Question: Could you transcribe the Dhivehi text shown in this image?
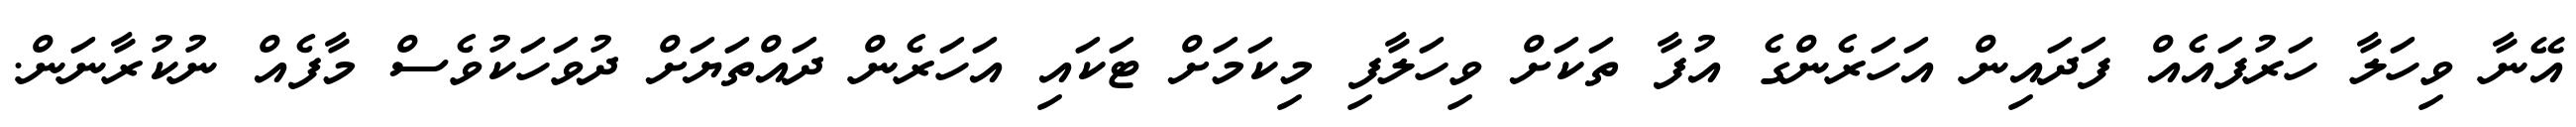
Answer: އޭނާ ވިހަލާ ހަރުފައެއް ފަދައިން އަހަރެންގެ އުފާ ތަކަށް ވިހަލާފި މިކަމަށް ޓަކައި އަހަރެން ދައްތަޔަށް ދުވަހަކުވެސް މާފެއް ނުކުރާނަން.